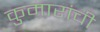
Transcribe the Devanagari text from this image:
कुमारांची